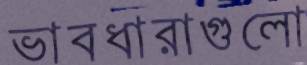
ভাবধারাগুলো